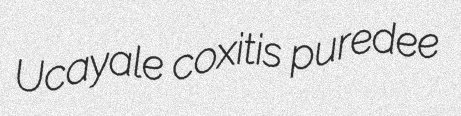
Ucayale coxitis puredee